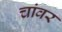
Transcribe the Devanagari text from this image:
चांवर